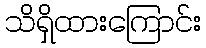
သိရှိထားကြောင်း